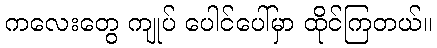
ကလေးတွေ ကျုပ် ပေါင်ပေါ်မှာ ထိုင်ကြတယ်။